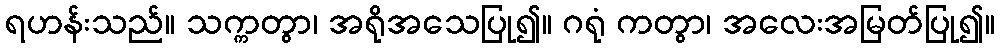
ရဟန်းသည်။ သက္ကတွာ၊ အရိုအသေပြု၍။ ဂရုံ ကတွာ၊ အလေးအမြတ်ပြု၍။